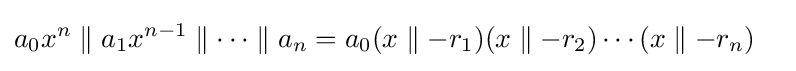
{\begin{aligned}&a_{0}x^{n}\parallel a_{1}x^{n-1}\parallel \cdots \parallel a_{n}=a_{0}(x\parallel -r_{1})(x\parallel -r_{2})\cdots (x\parallel -r_{n})\end{aligned}}